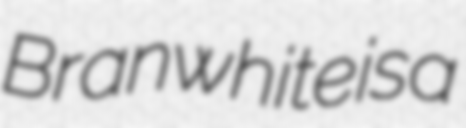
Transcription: Branwhite is a